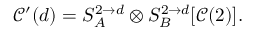
\begin{array} { r } { \mathcal { C } ^ { \prime } ( d ) = S _ { A } ^ { 2 \to d } \otimes S _ { B } ^ { 2 \to d } [ \mathcal { C } ( 2 ) ] . } \end{array}